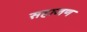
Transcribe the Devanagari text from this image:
सहाजण